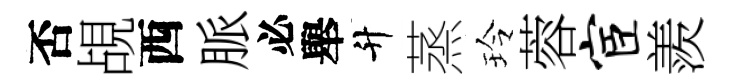
否覘西脈必舉升蒸玲蓉宦羨